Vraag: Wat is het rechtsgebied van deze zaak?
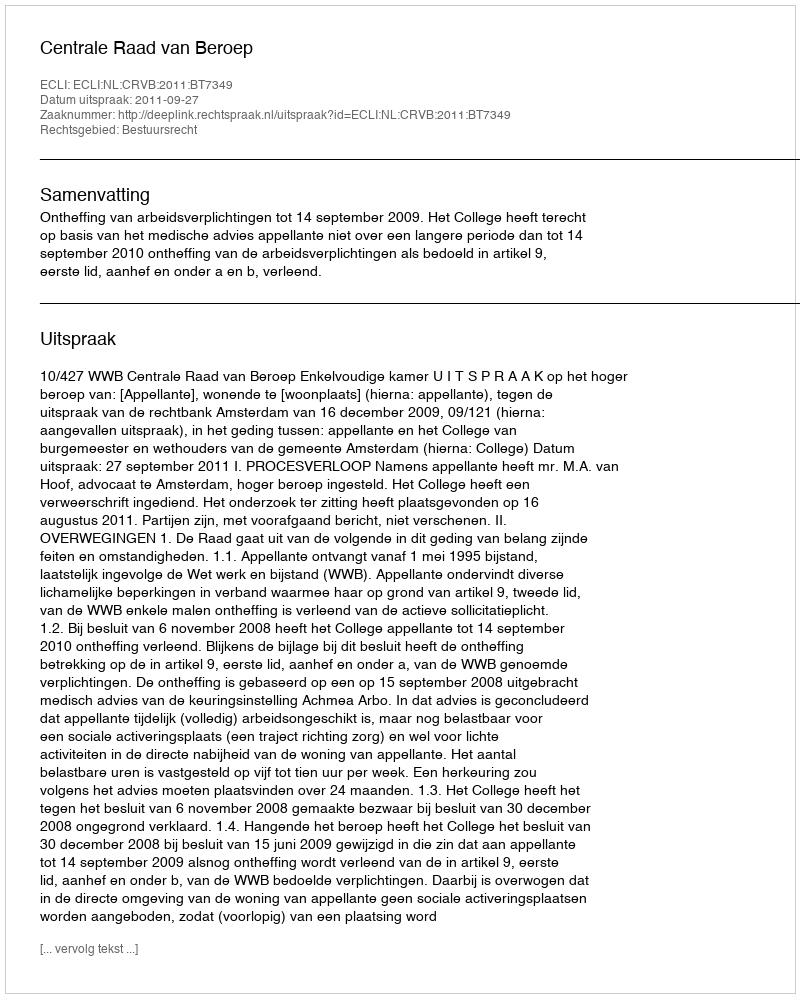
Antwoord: Bestuursrecht